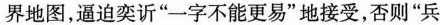
界地图，逼迫奕诉”一字不能更易”地接受，否则”兵